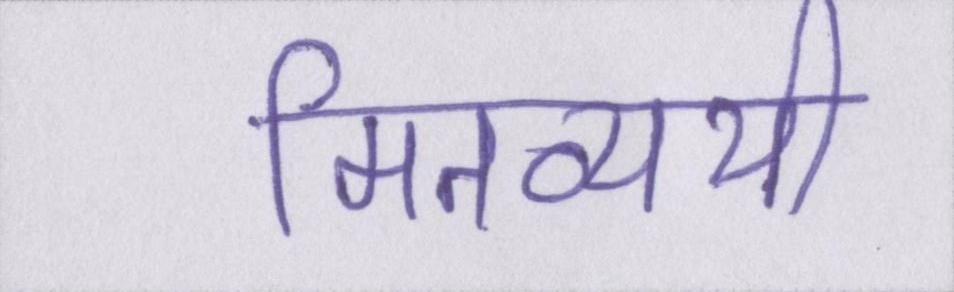
मितव्ययी